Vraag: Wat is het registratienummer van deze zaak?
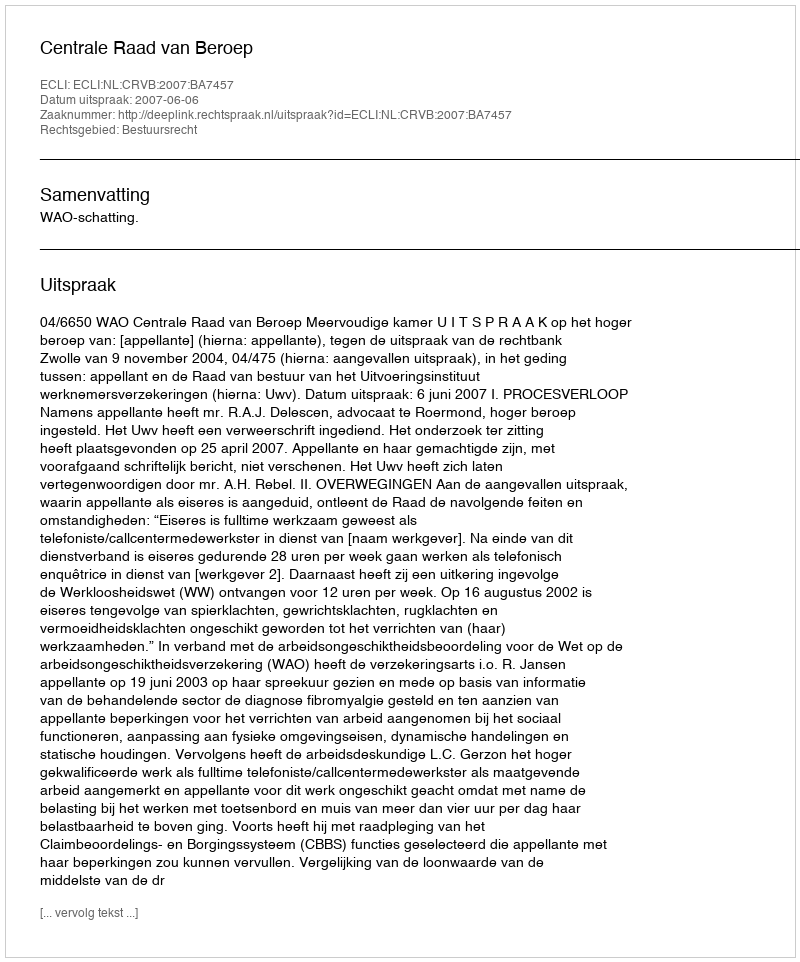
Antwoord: http://deeplink.rechtspraak.nl/uitspraak?id=ECLI:NL:CRVB:2007:BA7457